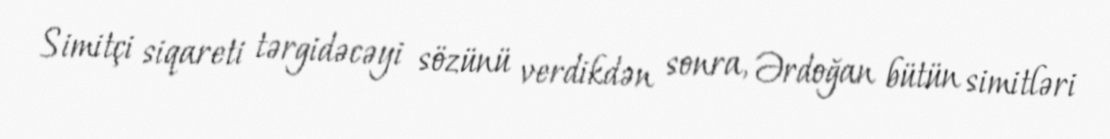
Simitçi siqareti tərgidəcəyi sözünü verdikdən sonra, Ərdoğan bütün simitləri